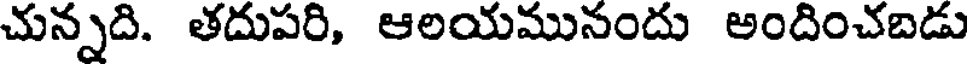
చున్నది. తదుపరి, ఆలయమునందు అందించబడు